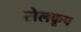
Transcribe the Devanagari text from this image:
सेलकूप